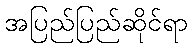
အပြည်ပြည်ဆိုင်ရာ